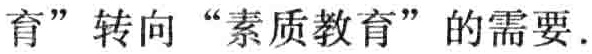
育”转向“素质教育”的需要.